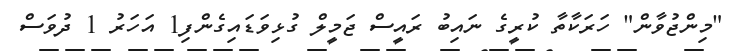
"މިންޖުވާން" ހަރަކާތާ ކުރީގެ ނައިބު ރައީސް ޖަމީލް ގުޅިވަޑައިގެންފި1 އަހަރު 1 ދުވަސް